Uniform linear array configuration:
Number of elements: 24
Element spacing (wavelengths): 1
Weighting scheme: hann
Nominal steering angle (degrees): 0
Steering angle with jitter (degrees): -0.6448
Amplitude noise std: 0.05
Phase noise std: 0.05

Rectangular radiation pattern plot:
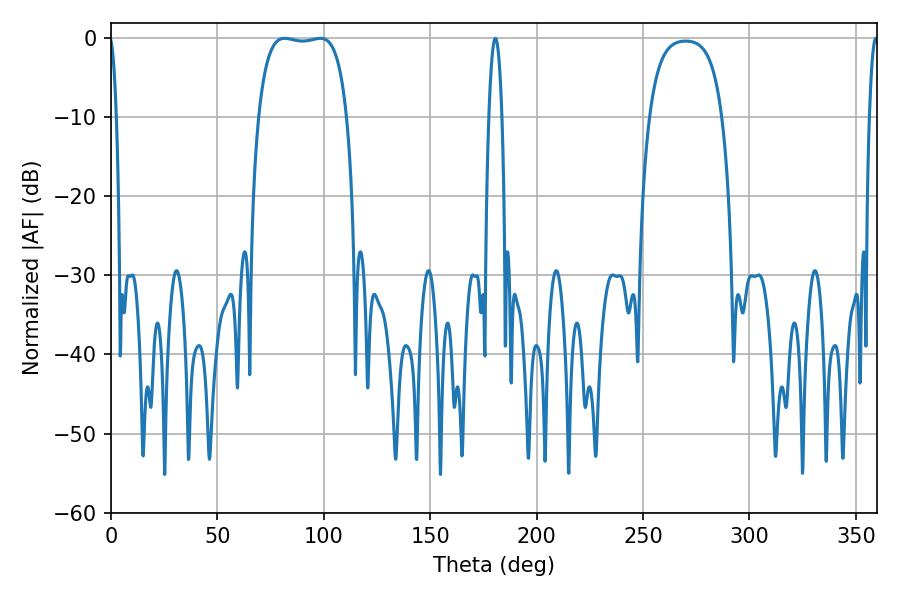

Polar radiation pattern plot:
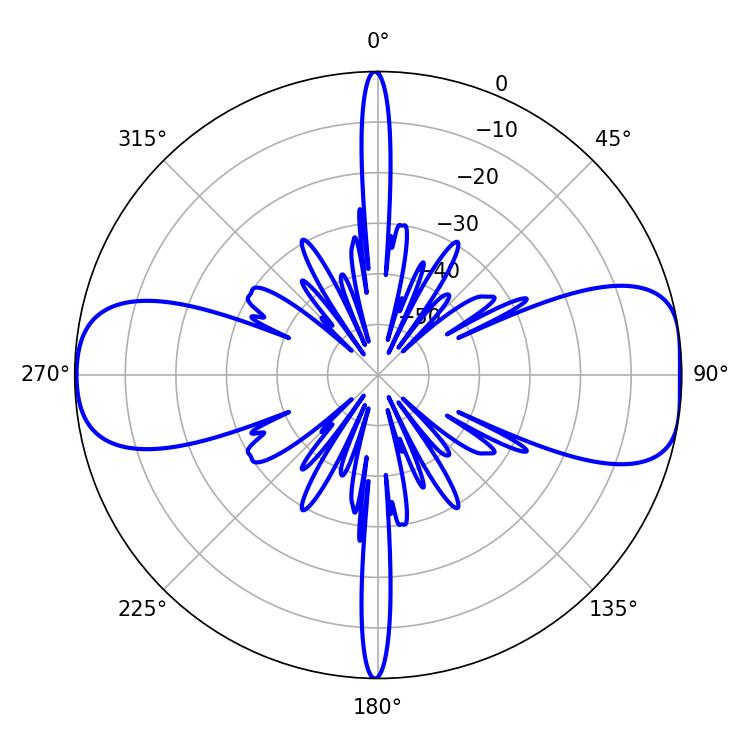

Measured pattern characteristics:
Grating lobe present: TRUE
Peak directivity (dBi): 10.501
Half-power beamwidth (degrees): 33.12
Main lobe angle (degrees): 81.54